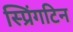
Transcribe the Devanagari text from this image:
स्प्रिंगटिन